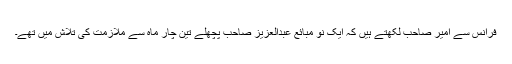
فرانس سے امیر صاحب لکھتے ہیں کہ ایک نو مبائع عبدالعزیز صاحب پچھلے تین چار ماہ سے ملازمت کی تلاش میں تھے۔